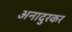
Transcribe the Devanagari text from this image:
अनादुरकर